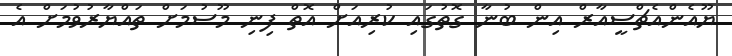
ޔޫއެންއެޗްސީއާރް އިން ބުނާ ގޮތުގައި ކުރިއަށް އޮތް ފިނި މޫސުމަށް ތައްޔާރުވުމަށް އެ